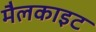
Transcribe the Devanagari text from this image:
मैलकाइट